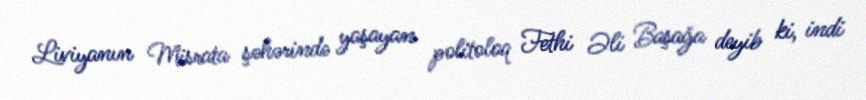
Liviyanın Misrata şəhərində yaşayan politoloq Fethi Əli Başağa deyib ki, indi